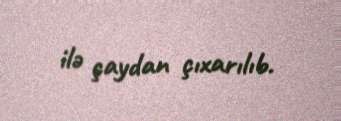
ilə çaydan çıxarılıb.